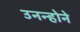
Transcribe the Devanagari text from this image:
उनन्होने